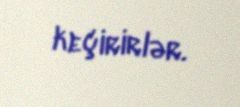
keçirirlər.